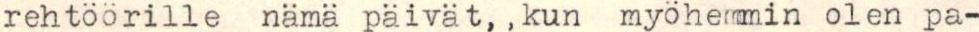
rehtöörille nämä päivät,,kun myöhemmin olen pa-